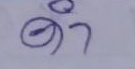
ดำ